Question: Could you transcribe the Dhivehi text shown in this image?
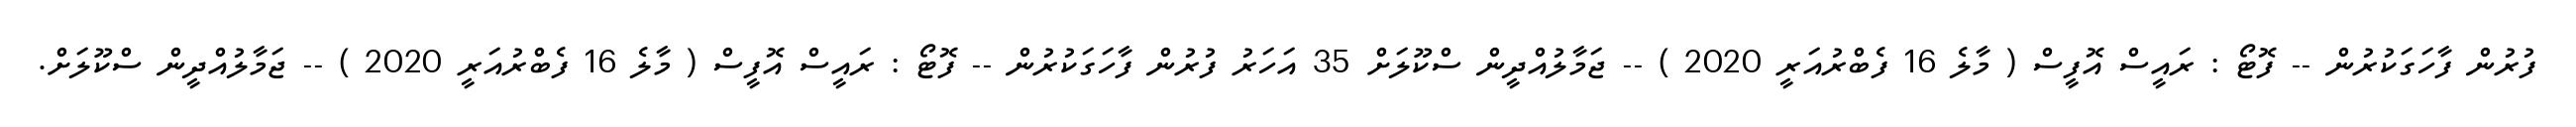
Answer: ފުރުން ފާހަގަކުރުން -- ފޮޓޯ : ރައީސް އޮފީސް ( މާލެ 16 ފެބްރުއަރީ 2020 ) -- ޖަމާލުއްދީން ސްކޫލަށް 35 އަހަރު ފުރުން ފާހަގަކުރުން -- ފޮޓޯ : ރައީސް އޮފީސް ( މާލެ 16 ފެބްރުއަރީ 2020 ) -- ޖަމާލުއްދީން ސްކޫލަށް.